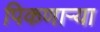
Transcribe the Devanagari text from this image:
पिकणाऱ्या